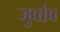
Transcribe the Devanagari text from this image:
जुवांव